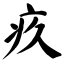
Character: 疚